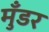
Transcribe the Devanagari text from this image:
मुँडर